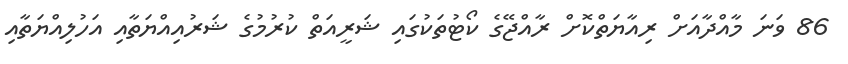
86 ވަނަ މާއްދާއަށް ރިއާޔަތްކޮށް ރާއްޖޭގެ ކޯޓުތަކުގައި ޝަރީއަތް ކުރުމުގެ ޝަރުއިއްޔަތާއި އަހުލިއްޔަތާއި